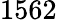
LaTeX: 1562